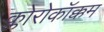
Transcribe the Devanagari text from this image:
क्लोरोकॉक्कम